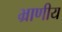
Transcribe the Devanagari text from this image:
भ्राणीय